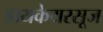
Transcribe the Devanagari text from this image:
डायकेयरसूज